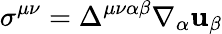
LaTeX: \sigma^{\mu\nu}=\Delta^{\mu\nu\alpha\beta}\nabla_{\alpha}\mathbf{u}_{\beta}